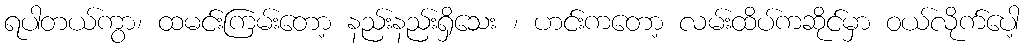
ရပါတယ်ကွာ၊ ထမင်းကြမ်းတော့ နည်းနည်းရှိသေး ၊ ဟင်းကတော့ လမ်းထိပ်ကဆိုင်မှာ ဝယ်လိုက်ပေါ့